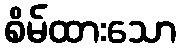
စိမ်ထားသော